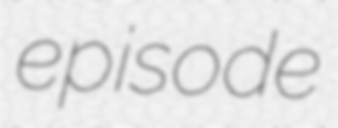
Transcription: episode